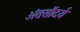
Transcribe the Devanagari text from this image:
अंतःसौंदर्य